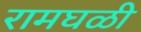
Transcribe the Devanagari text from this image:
रामघळी